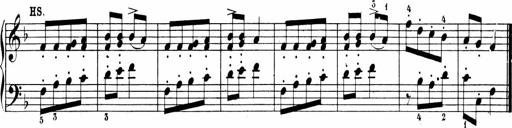
Title: Sonatinen Op.47, 98 und 136, nebst 6 Liedersonatinen
Composer: Carl Reinecke